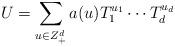
LaTeX: \begin{align*}U= \sum_{u \in Z_+^d} a(u) T_1^{u_1} \cdots T_d^{u_d}\end{align*}